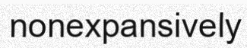
nonexpansively